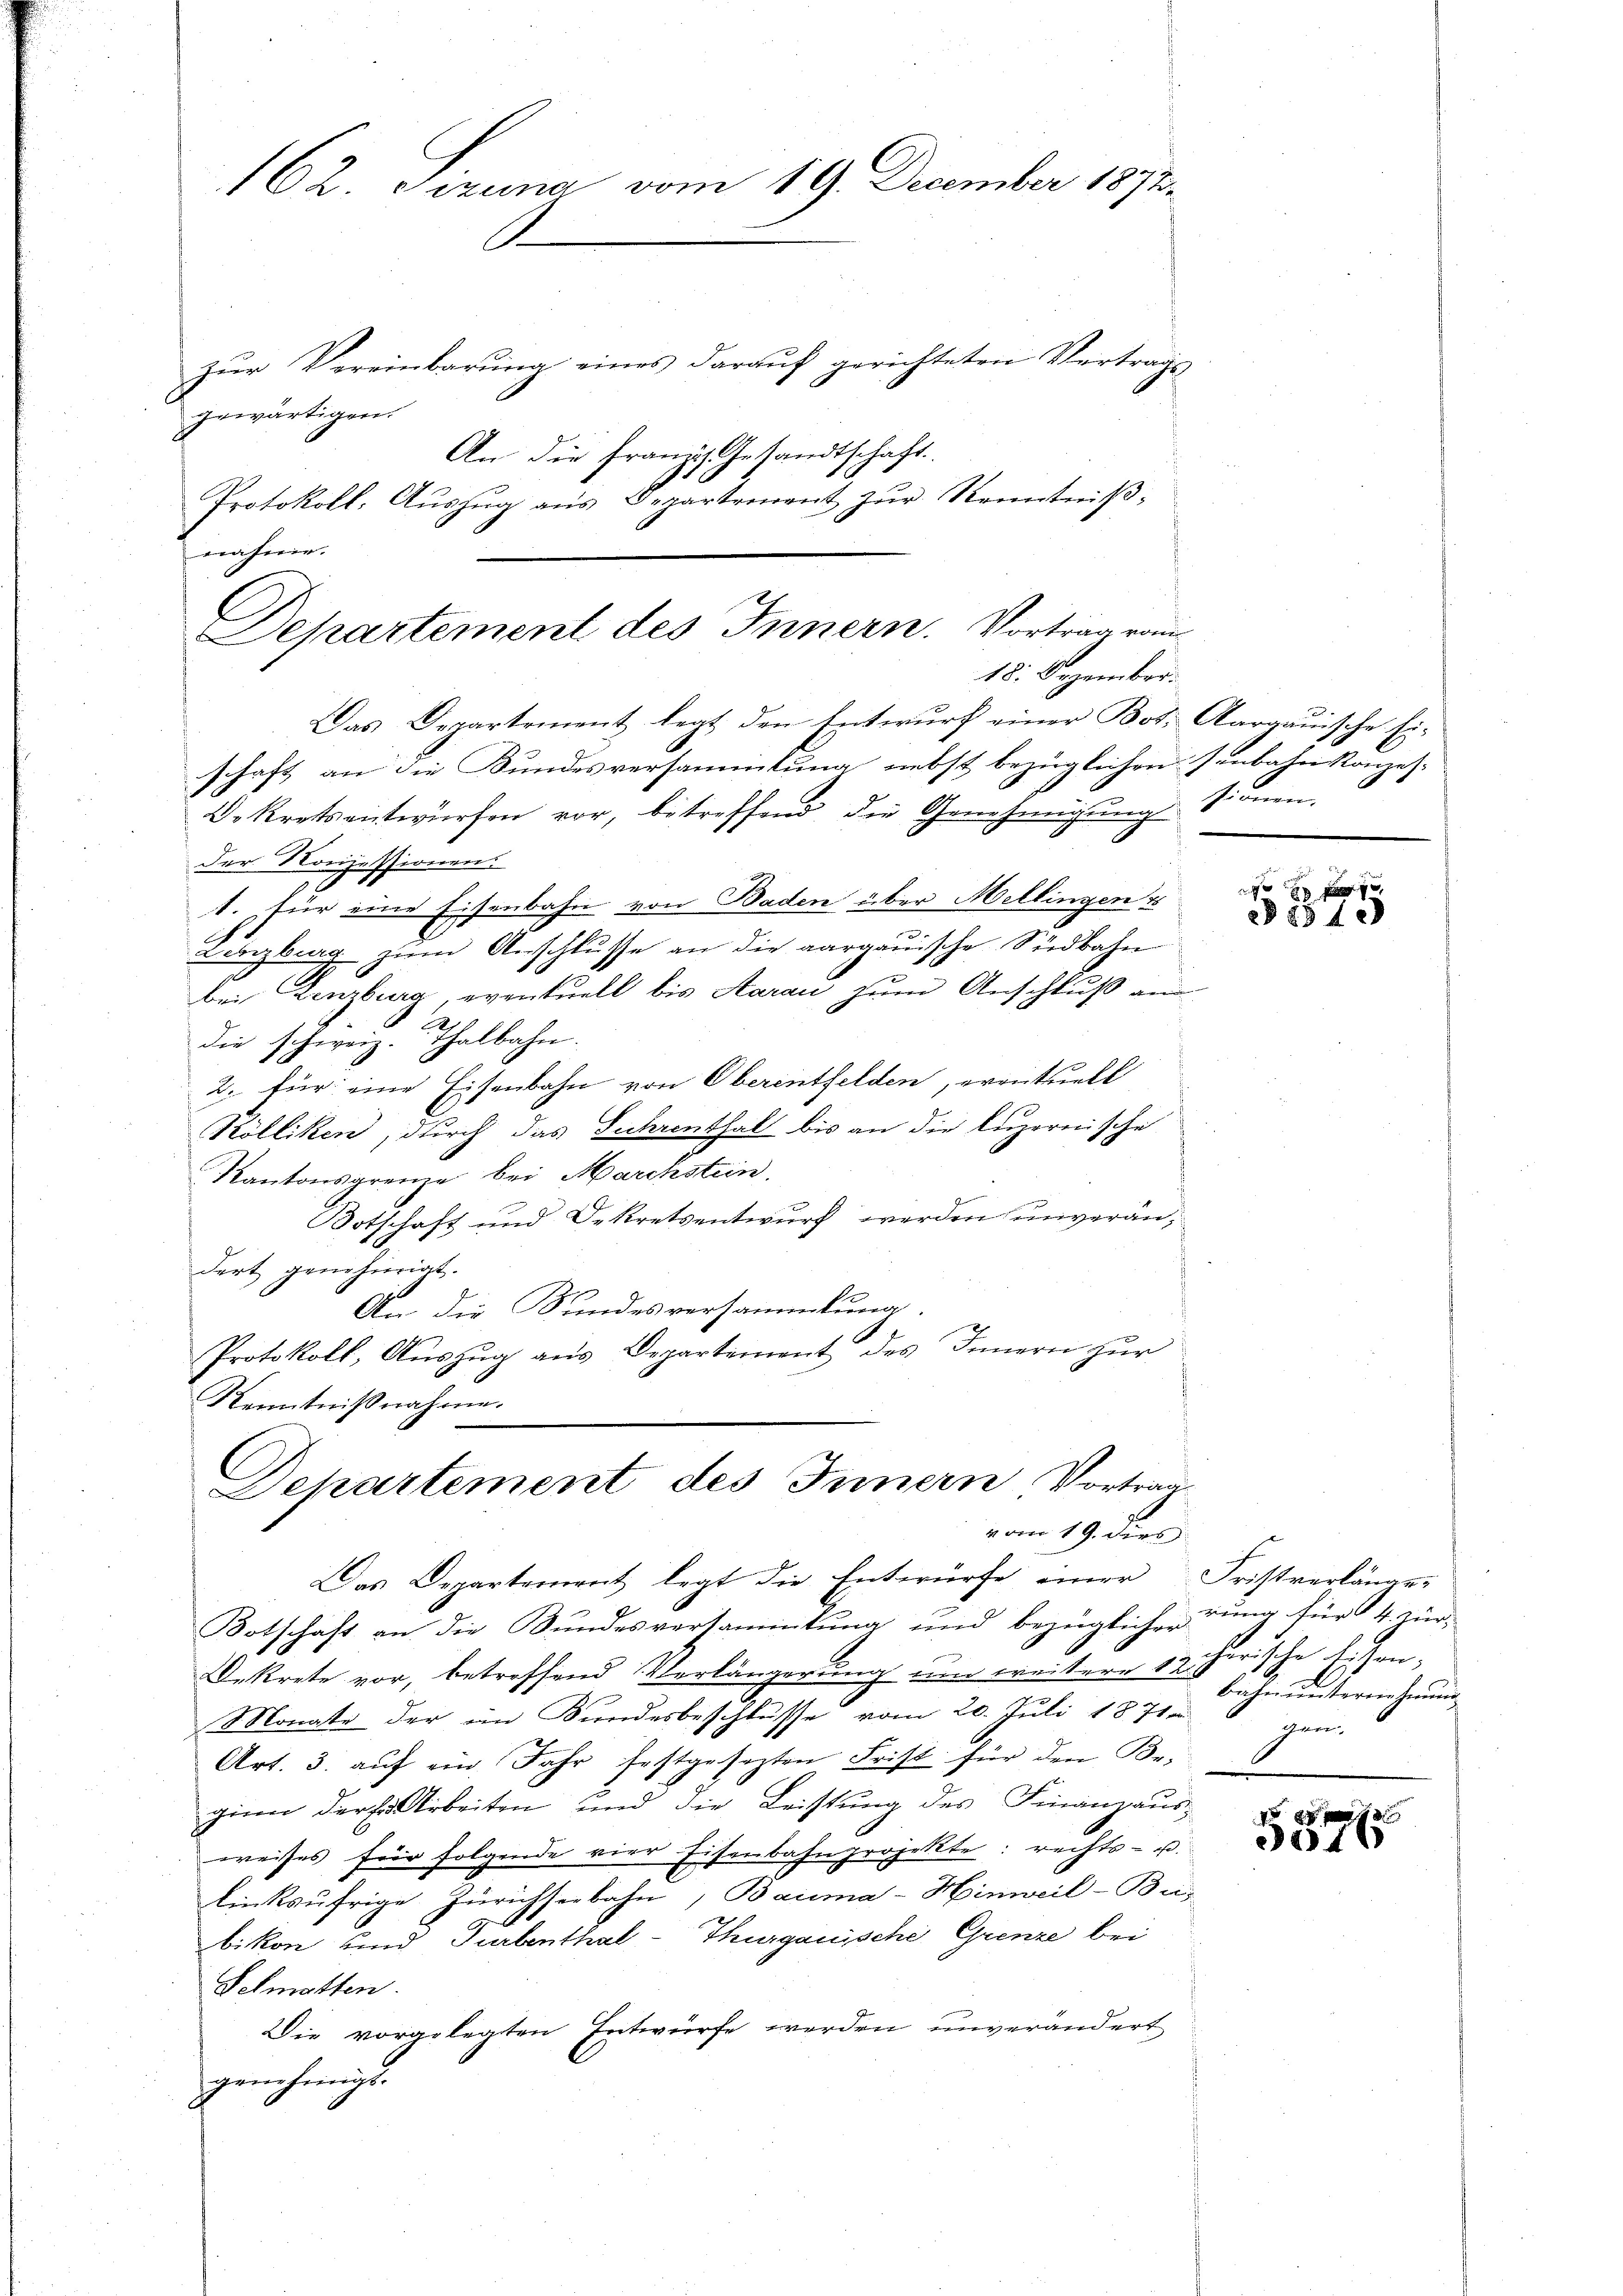
162. Tizung vom 19. December 1872.

Protokoll. Aŭszŭg aŭs Departement zŭr Kenntniβ-
nahme.
Departement des Innern. Vortrag vom
18. Dezember.
Das Departement legt den Entwurf einer Bot. Aargauische Ei¬

schaft an die Bundesversammlung nebst bezüglichen Jenbahn konzes
e
Dekretsentwürfen vor, betreffend die Genehmigŭng sionen,

gewärtigen.

zŭr Vereinbarŭng eines daraŭf gerichteten Vertrags

An die franzig Gesandtschaft.

der Konzessionens
1. für eine Eisenbahn von Baden über Mellingen u
Kinzberg zum Anschlusse an die aargauische Südbahn
bei Lenzburg, eventuell bis Aarau zum Anschluß an
die schweiz. Thalbahn.
2. für eine Eisenbahn von Oberinthelden, eventuell
Kölliken, durch das Fuhrenthal bis an die luzernische
Kantonsgrenze bei Marckstein
Botschaft und Dekretsentwurf werden unverändort genehmigt.
An die Kundesversammlung.
1
Protokoll, Aŭszŭg aŭs Departement des Innern zur
Kenntnißnahme.
Departement des Innern Vortrag
vom 19. dies
Das Departement legt die Entwurfe einer Fristverlänar-
Botschaft an die Bundesversammlung und bezüglichendung für 4. Für-
Dekrete vor, betroffend Verlängerung und weitere 18 Bahn unternehmung
Monate der im Bundesbeschlüsse vom 20. Juli 1871
Art. 3. auf ein Jahr festgesezten Frist für den Be-
ginn der Erbeiten und die Leistung des Finanzausweises für folgende vier Eisenbahnprojekte: rechts- u.
linksufrige Zürichseebahn, Bauma-Hinweil-Bus-
bikon und Turbenthal-Thurgauische Grenze bei
Selmatten.
Die vorgelegten Entwürfe werden unverändert
genehmigt.

§§ 854.

cherische Lehen,
gen.

E
315